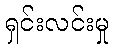
ရှင်းလင်းမှု